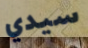
سيدي